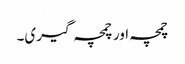
چمچہ اور چمچہ گیری۔